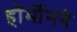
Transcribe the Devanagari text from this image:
हॉर्मोनने